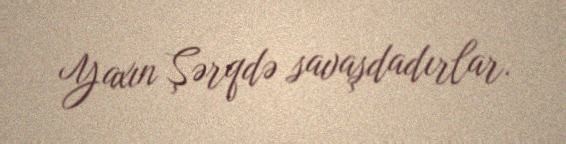
Yaxın Şərqdə savaşdadırlar.